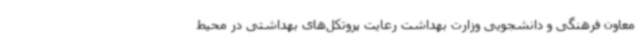
معاون فرهنگی و دانشجویی وزارت بهداشت رعایت پروتکل‌های بهداشتی در محیط